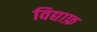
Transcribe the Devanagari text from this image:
विद्याफ़